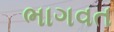
ભાગવત